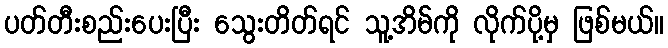
ပတ်တီးစည်းပေးပြီး သွေးတိတ်ရင် သူ့အိမ်ကို လိုက်ပို့မှ ဖြစ်မယ်။